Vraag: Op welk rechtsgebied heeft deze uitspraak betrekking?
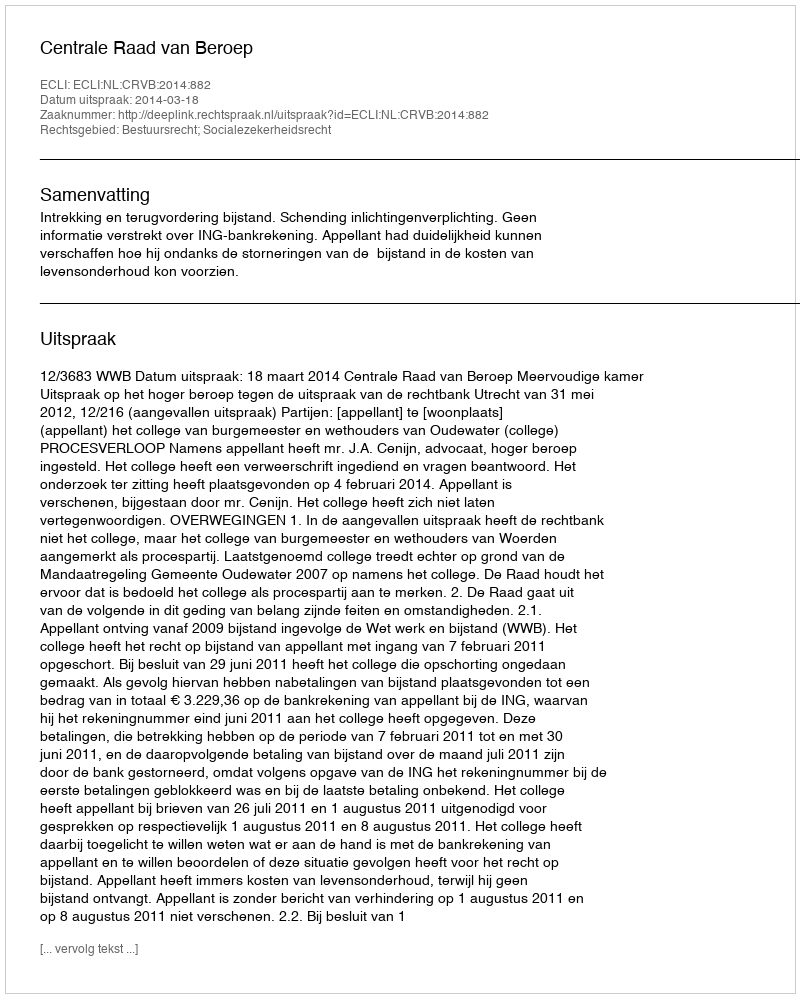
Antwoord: Bestuursrecht; Socialezekerheidsrecht